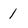
Character: 1